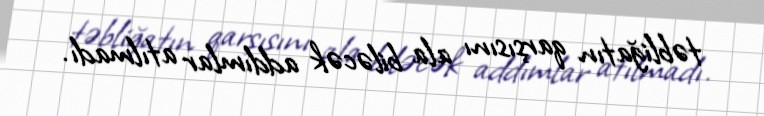
təbliğatın qarşısını ala biləcək addımlar atılmadı.